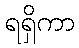
ရရှိကာ